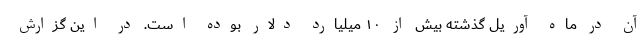
آن در ماه آوریل گذشته بیش از ۱۰ میلیارد دلار بوده است. در این گزارش